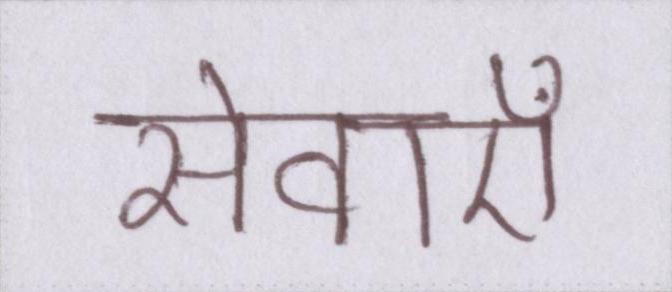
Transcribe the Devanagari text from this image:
सेवाऍं